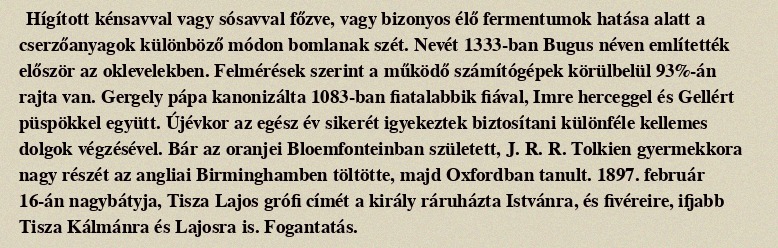
Hígított kénsavval vagy sósavval főzve, vagy bizonyos élő fermentumok hatása alatt a cserzőanyagok különböző módon bomlanak szét. Nevét 1333-ban Bugus néven említették először az oklevelekben. Felmérések szerint a működő számítógépek körülbelül 93%-án rajta van. Gergely pápa kanonizálta 1083-ban fiatalabbik fiával, Imre herceggel és Gellért püspökkel együtt. Újévkor az egész év sikerét igyekeztek biztosítani különféle kellemes dolgok végzésével. Bár az oranjei Bloemfonteinban született, J. R. R. Tolkien gyermekkora nagy részét az angliai Birminghamben töltötte, majd Oxfordban tanult. 1897. február 16-án nagybátyja, Tisza Lajos grófi címét a király ráruházta Istvánra, és fivéreire, ifjabb Tisza Kálmánra és Lajosra is. Fogantatás.